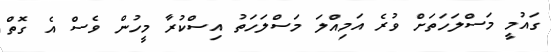
ގައުމީ މަސްލަހަތަށް ވުރެ އަމިއްލަ މަސްލަހަތު އިސްކުރާ މީހުން ވެސް އެ ގޮތް